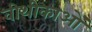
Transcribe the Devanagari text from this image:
वीथीकाओं